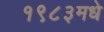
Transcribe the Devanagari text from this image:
१९८३मधे